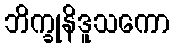
ဘိက္ခုနိဒူသကော